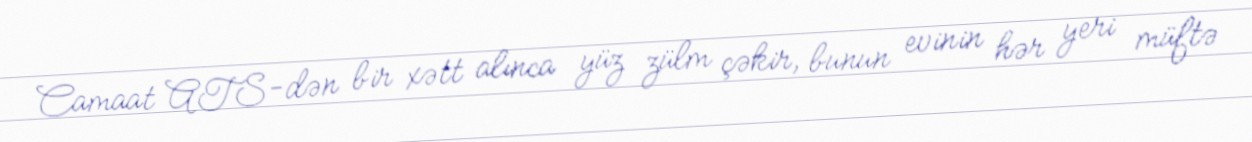
Camaat ATS-dən bir xətt alınca yüz zülm çəkir, bunun evinin hər yeri müftə